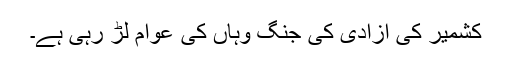
کشمیر کی آزادی کی جنگ وہاں کی عوام لڑ رہی ہے۔